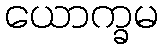
ယောက္ခမ